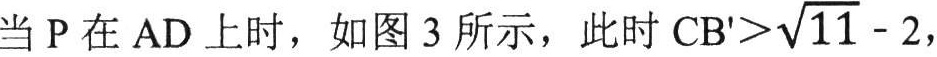
当 \(P\) 在 \(AD\) 上时，如图 \(3\) 所示，此时 \(CB'>\sqrt{11}-2\)，